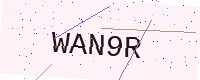
Text: WAN9R